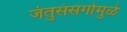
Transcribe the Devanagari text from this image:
जंतुसंसर्गामुळे